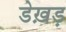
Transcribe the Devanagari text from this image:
डेख़ड़